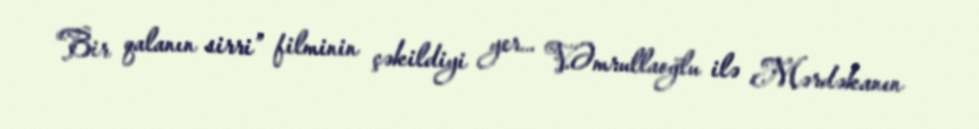
“Bir qalanın sirri” filminin çəkildiyi yer... V.Əmrullaoğlu ilə Mərdəkanın